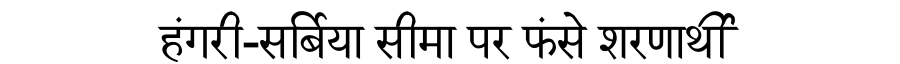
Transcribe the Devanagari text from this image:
हंगरी-सर्बिया सीमा पर फंसे शरणार्थी